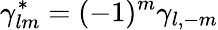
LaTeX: \gamma_{lm}^{\ast}=(-1)^{m}\gamma_{l,-m}